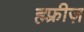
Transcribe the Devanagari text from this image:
ह्म्फ्रीज़